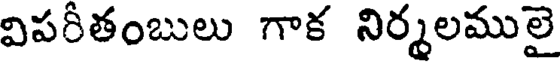
విపరీతంబులు గాక నిర్మలములై